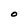
Character: O